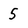
Character: 5